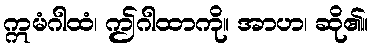
ဣမံဂါထံ၊ ဤဂါထာကို။ အာဟ၊ ဆို၏။